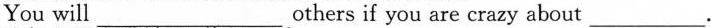
You will ___ others if you are crazy about ___ .